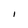
Character: I